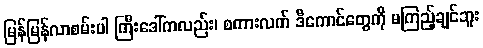
မြန်မြန်လာစမ်းပါ ကြီးဒေါ်ကလည်း၊ စကားလက် ဒီကောင်တွေကို မကြည့်ချင်ဘူး